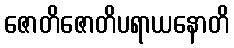
ဇောတိဇောတိပရာယနောတိ